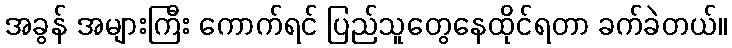
အခွန် အများကြီး ကောက်ရင် ပြည်သူတွေနေထိုင်ရတာ ခက်ခဲတယ်။